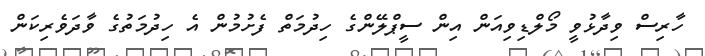
ހާރިސް ވިދާޅުވީ މޯލްޑިވިއަން އިން ސީޕްލޭންގެ ހިދުމަތް ފެށުމުން އެ ހިދުމަތުގެ ވާދަވެރިކަން